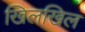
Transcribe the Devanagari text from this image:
खिलखिल